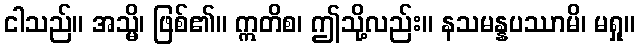
ငါသည်။ အသ္မိ၊ ဖြစ်၏။ ဣတိစ၊ ဤသို့လည်း။ နသမန္နပဿာမိ၊ မရှု။